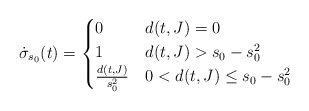
\begin{align*}\dot \sigma_{s_0}(t) =\begin{cases}0 & d(t,J) = 0 \\1 & d(t,J) > s_0 - s_0^2 \\\frac{d(t,J)}{s_0^2} & 0 < d(t,J) \le s_0-s_0^2 \\\end{cases}\end{align*}